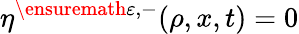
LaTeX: \eta^{\ensuremath{\varepsilon},-}(\rho,x,t)=0